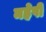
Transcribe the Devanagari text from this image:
महेषी